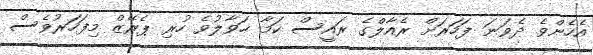
އެހެންވެ ދެވަނަ ފަހަރަށް ރެއާލްގެ ރައީސް ކަމާ ހަވާލުވެ ހުރި ޕެރޭޒް މިފަހަރުވެސް